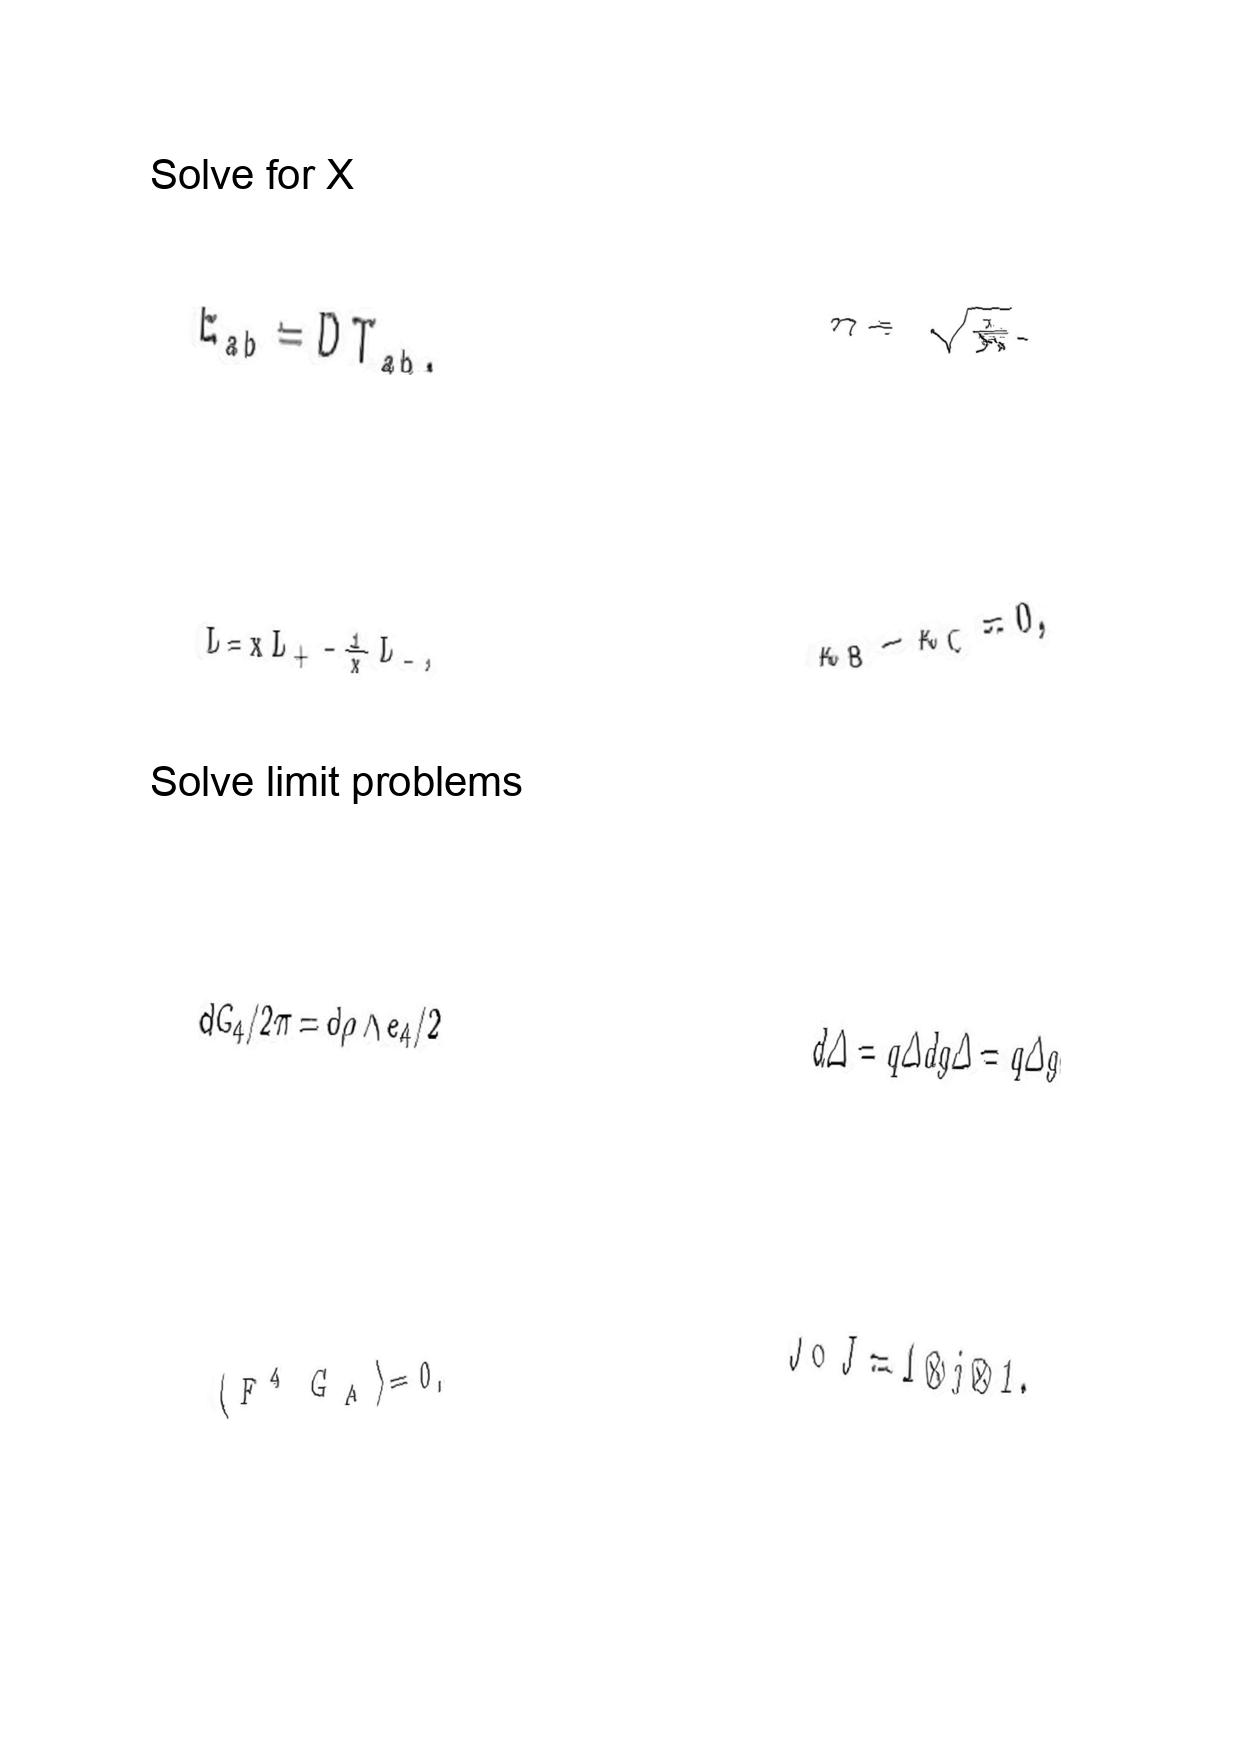
LaTeX transcription:
E _ { a b } = D T _ { a b } ,
L = x L _ { + } - \frac { 1 } { x } L _ { - } ,
d G _ { 4 } / 2 \pi = d \rho \land e _ { 4 } / 2
\langle F ^ { 4 } G _ { A } \rangle = 0 ,
\eta = \sqrt { \frac { L } { N } } .
\kappa _ { B } - \kappa _ { C } = 0 ,
d \Delta = q \Delta d g \Delta = q \Delta g
J \circ \tilde { J } = 1 \otimes j \otimes 1 .